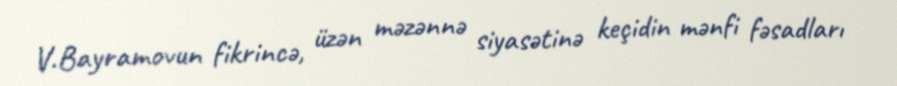
V.Bayramovun fikrincə, üzən məzənnə siyasətinə keçidin mənfi fəsadları